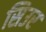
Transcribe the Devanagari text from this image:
सिउर